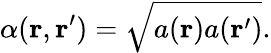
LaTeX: \alpha(\mathbf{r},\mathbf{r}^{\prime})=\sqrt{a(\mathbf{r})a(\mathbf{r}^{\prime})}.